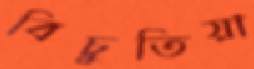
বিচুতিয়া